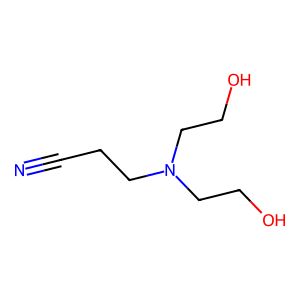
SMILES: N#CCCN(CCO)CCO
Inhibits HIV replication: No